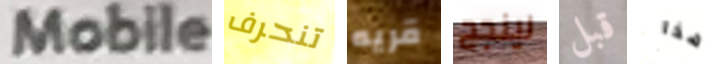
Mobile تنحرف قريه لينجح قبل هذا